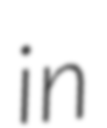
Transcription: in